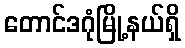
တောင်ဒဂုံမြို့နယ်ရှိ